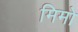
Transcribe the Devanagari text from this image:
मिमो